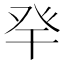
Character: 癷